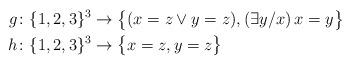
LaTeX: \begin{align*}g&\colon \{1,2,3\}^{3} \to \bigl\{(x = z\lor y = z), (\exists y/x)\,x = y\bigr\} \\h&\colon \{1,2,3\}^{3} \to \bigl\{x = z, y = z\bigr\}\end{align*}